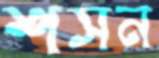
শসন